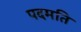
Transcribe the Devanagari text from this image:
पदमति